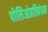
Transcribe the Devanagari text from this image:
पोलिओप्रतिबंधक